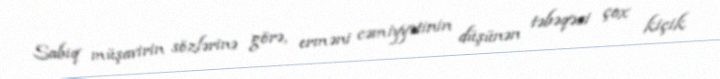
Sabiq müşavirin sözlərinə görə, erməni cəmiyyətinin düşünən təbəqəsi çox kiçik